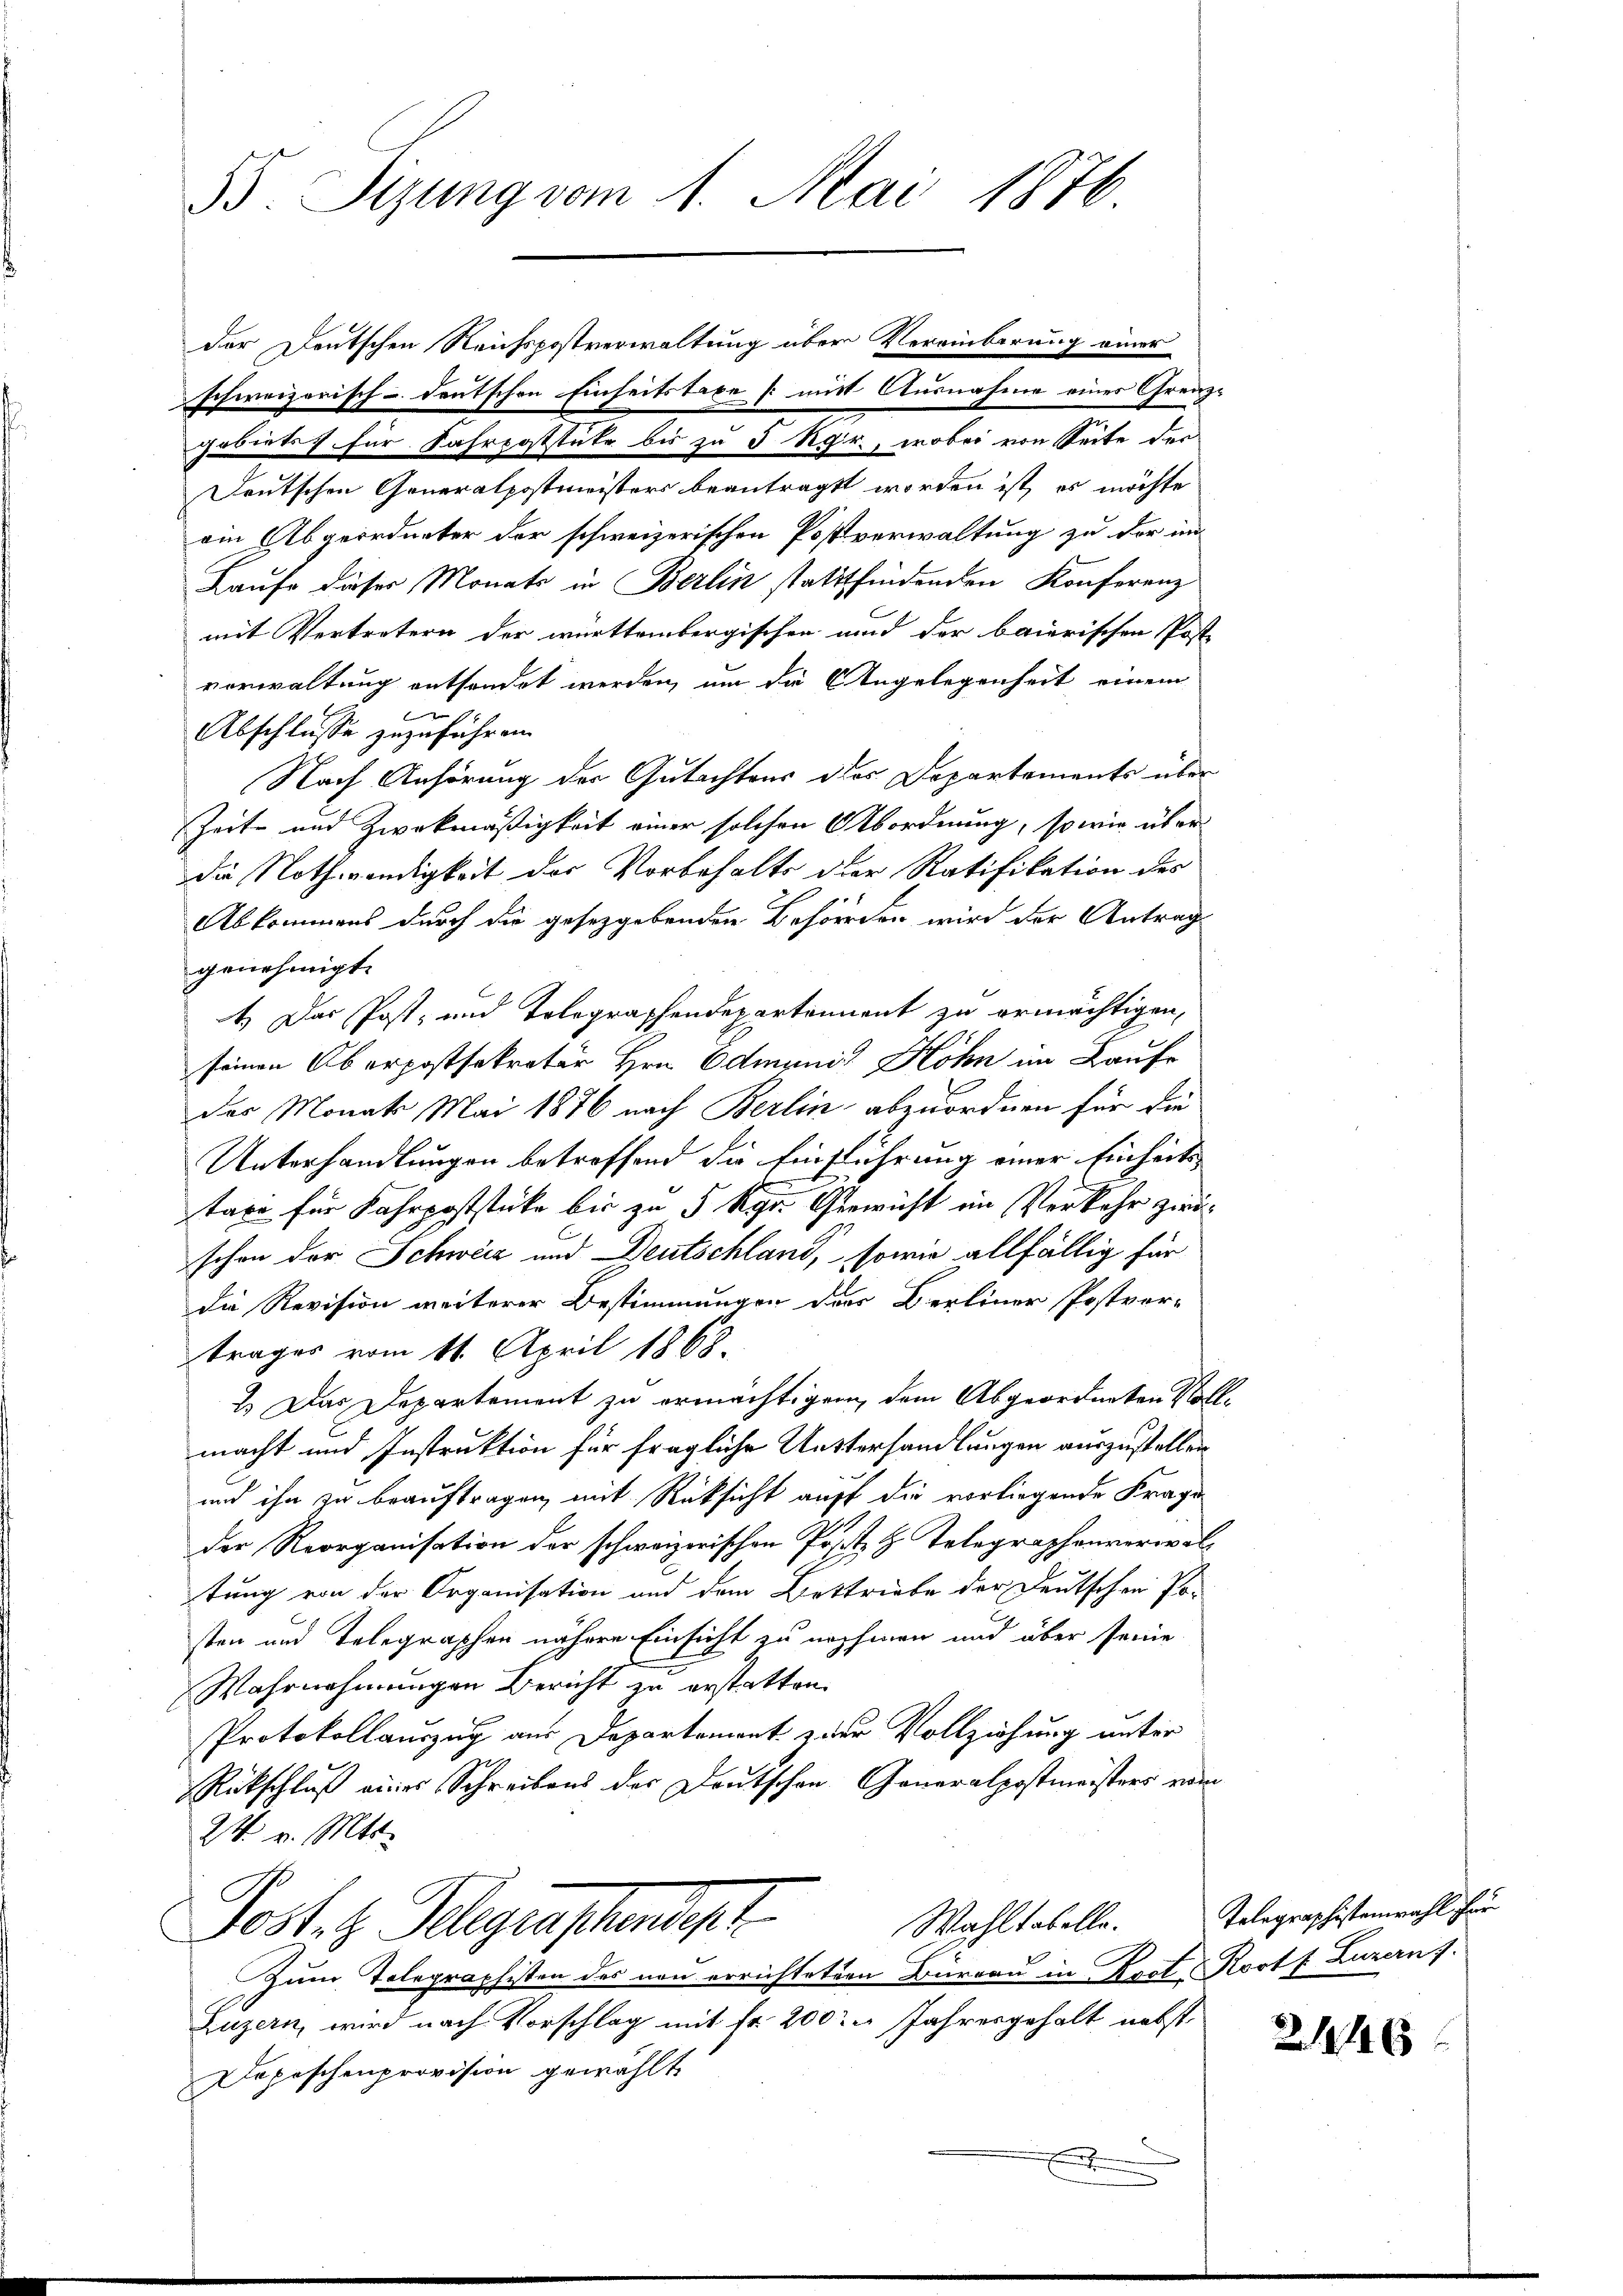
35. Sizung vom 1. Mai 1876.

der Deutschen Reichspostverwaltung über Vereinberung eines
schweizerisch-deutschen Einheitstaxe /: mit Ausnahme einer Grenzgebietes für Fahrpoststete bis zu 5 Rgr., wobei von Seite der
Deutschen Generalpostmeisters beantragt worden ist, es möchte
ein Abgeordneter der schweizerischen Postverwaltung zu der im
Laufe dieser Monats in Berlin stattfindenden Konferenz
mit Vertretern der württembergischen und der baierischen Poste
verwaltung entsendet werden, um die Angelegenheit einem
Abschlusse zuzuführen.
Nach Anhörung der Gutachtens des Departements über
Zeit und Zweckmäßigkeit einer solchen Abordnung, so wie über
die Nothwendigkeit der Vorbehalts der Ratifikation des
Abkommens durch die gesetzgebenden Behörden wird der Antrag
genehmigt.
4.) Das Post- und Tolographendepartement zu ermächtigen,
seinen Oberpostsekreter Hrn. Adminie Höhn im Laufe
des Monats Mai 1876 nach Berlin abzuordnen für die
Unterhandlungen betreffend die Einführung einer Einheits
taxe für Fahrpoststücke bis zu 5 Kgr. Gericht im Verkehr zwöschon der Schweiz und Deutschland, sowie allfällig für
die Revision weiterer Bestimmungen der Berliner Postver-
trages vom 11. April 1868.
2.) Das Departement zu ermächtigen, dem Abgeordneten Note
macht und Instruktion für fragliche Unterhandlungen auszustellen
und ihn zu beauftragen, mit Rüksicht auff die vorliegende Frage
der Reorganisation der schweizerischen Poste H. Telegraphenverwaltung von der Organisation und dem Bestriebe der Deutschen Po-
sten und Telegraphen nähere Einsicht zu nehmen und über seine
Wahrnehmungen Bericht zu erstatten.
Protokollauszug aus Departemont zur Vollziehung unter
Rückschluß eines Schreibens der Deutschen Generalpostmeisters vom
24. v. Mts.
Wahltabelle.
Post. h. Regenschenpf
Zum Telegraphisten des neu errichteten Büreau in Koct Rost f Luzern).
Luzern, wird nach Vorschlag mit fr. 200 u. Jahresgehalt nebst
Depeschenprovision gewählt

.

Telegraphistenwahl für

2

2146